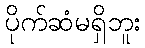
ပိုက်ဆံမရှိဘူး